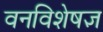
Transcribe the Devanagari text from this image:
वनविशेषज्ञ